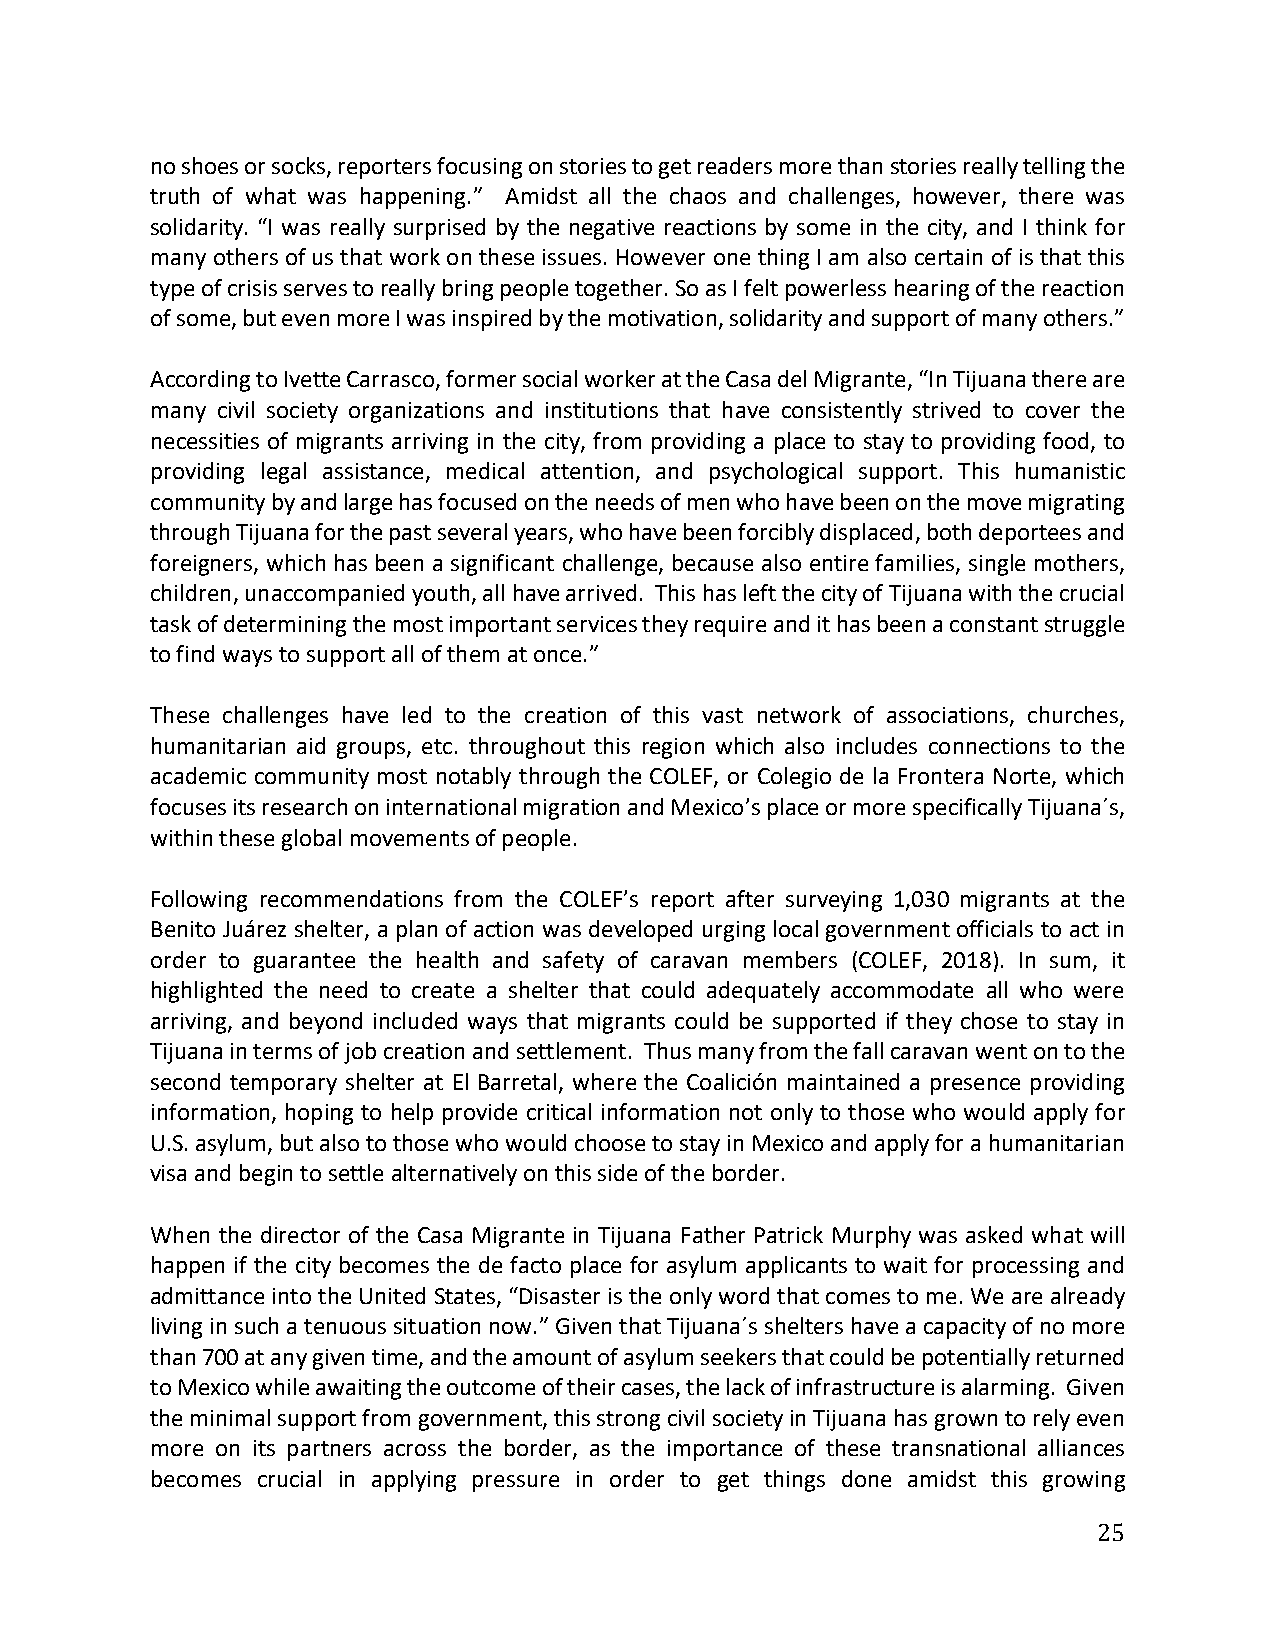
no shoes or socks, reporters focusing on stories to get readers more than stories really telling the
 truth of what was happening.” Amidst all the chaos and challenges, however, there was
 solidarity. “I was really surprised by the negative reactions by some in the city, and I think for
 many others of us that work on these issues. However one thing I am also certain of is that this
 type of crisis serves to really bring people together. So as I felt powerless hearing of the reaction
 of some, but even more I was inspired by the motivation, solidarity and support of many others.”
 According to Ivette Carrasco, former social worker at the Casa del Migrante, “In Tijuana there are
 many civil society organizations and institutions that have consistently strived to cover the
 necessities of migrants arriving in the city, from providing a place to stay to providing food, to
 providing legal assistance, medical attention, and psychological support. This humanistic
 community by and large has focused on the needs of men who have been on the move migrating
 through Tijuana for the past several years, who have been forcibly displaced, both deportees and
 foreigners, which has been a significant challenge, because also entire families, single mothers,
 children, unaccompanied youth, all have arrived. This has left the city of Tijuana with the crucial
 task of determining the most important services they require and it has been a constant struggle
 to find ways to support all of them at once.”
 These challenges have led to the creation of this vast network of associations, churches,
 humanitarian aid groups, etc. throughout this region which also includes connections to the
 academic community most notably through the COLEF, or Colegio de la Frontera Norte, which
 focuses its research on international migration and Mexico’s place or more specifically Tijuana´s,
 within these global movements of people.
 Following recommendations from the COLEF’s report after surveying 1,030 migrants at the
 Benito Juárez shelter, a plan of action was developed urging local government officials to act in
 order to guarantee the health and safety of caravan members (COLEF, 2018). In sum, it
 highlighted the need to create a shelter that could adequately accommodate all who were
 arriving, and beyond included ways that migrants could be supported if they chose to stay in
 Tijuana in terms of job creation and settlement. Thus many from the fall caravan went on to the
 second temporary shelter at El Barretal, where the Coalición maintained a presence providing
 information, hoping to help provide critical information not only to those who would apply for
 U.S. asylum, but also to those who would choose to stay in Mexico and apply for a humanitarian
 visa and begin to settle alternatively on this side of the border.
 When the director of the Casa Migrante in Tijuana Father Patrick Murphy was asked what will
 happen if the city becomes the de facto place for asylum applicants to wait for processing and
 admittance into the United States, “Disaster is the only word that comes to me. We are already
 living in such a tenuous situation now.” Given that Tijuana´s shelters have a capacity of no more
 than 700 at any given time, and the amount of asylum seekers that could be potentially returned
 to Mexico while awaiting the outcome of their cases, the lack of infrastructure is alarming. Given
 the minimal support from government, this strong civil society in Tijuana has grown to rely even
 more on its partners across the border, as the importance of these transnational alliances
 becomes crucial in applying pressure in order to get things done amidst this growing
 25